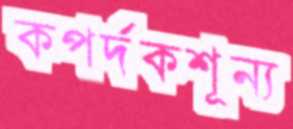
কপর্দকশূন্য